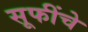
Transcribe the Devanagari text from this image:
सूफींचे